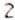
2